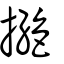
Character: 撧